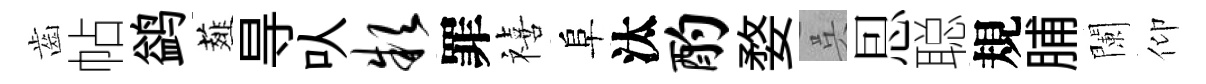
齒帖鹢薤㝵㕥款罪禧阜汰酌婺呉㤙聪規脯闌仰